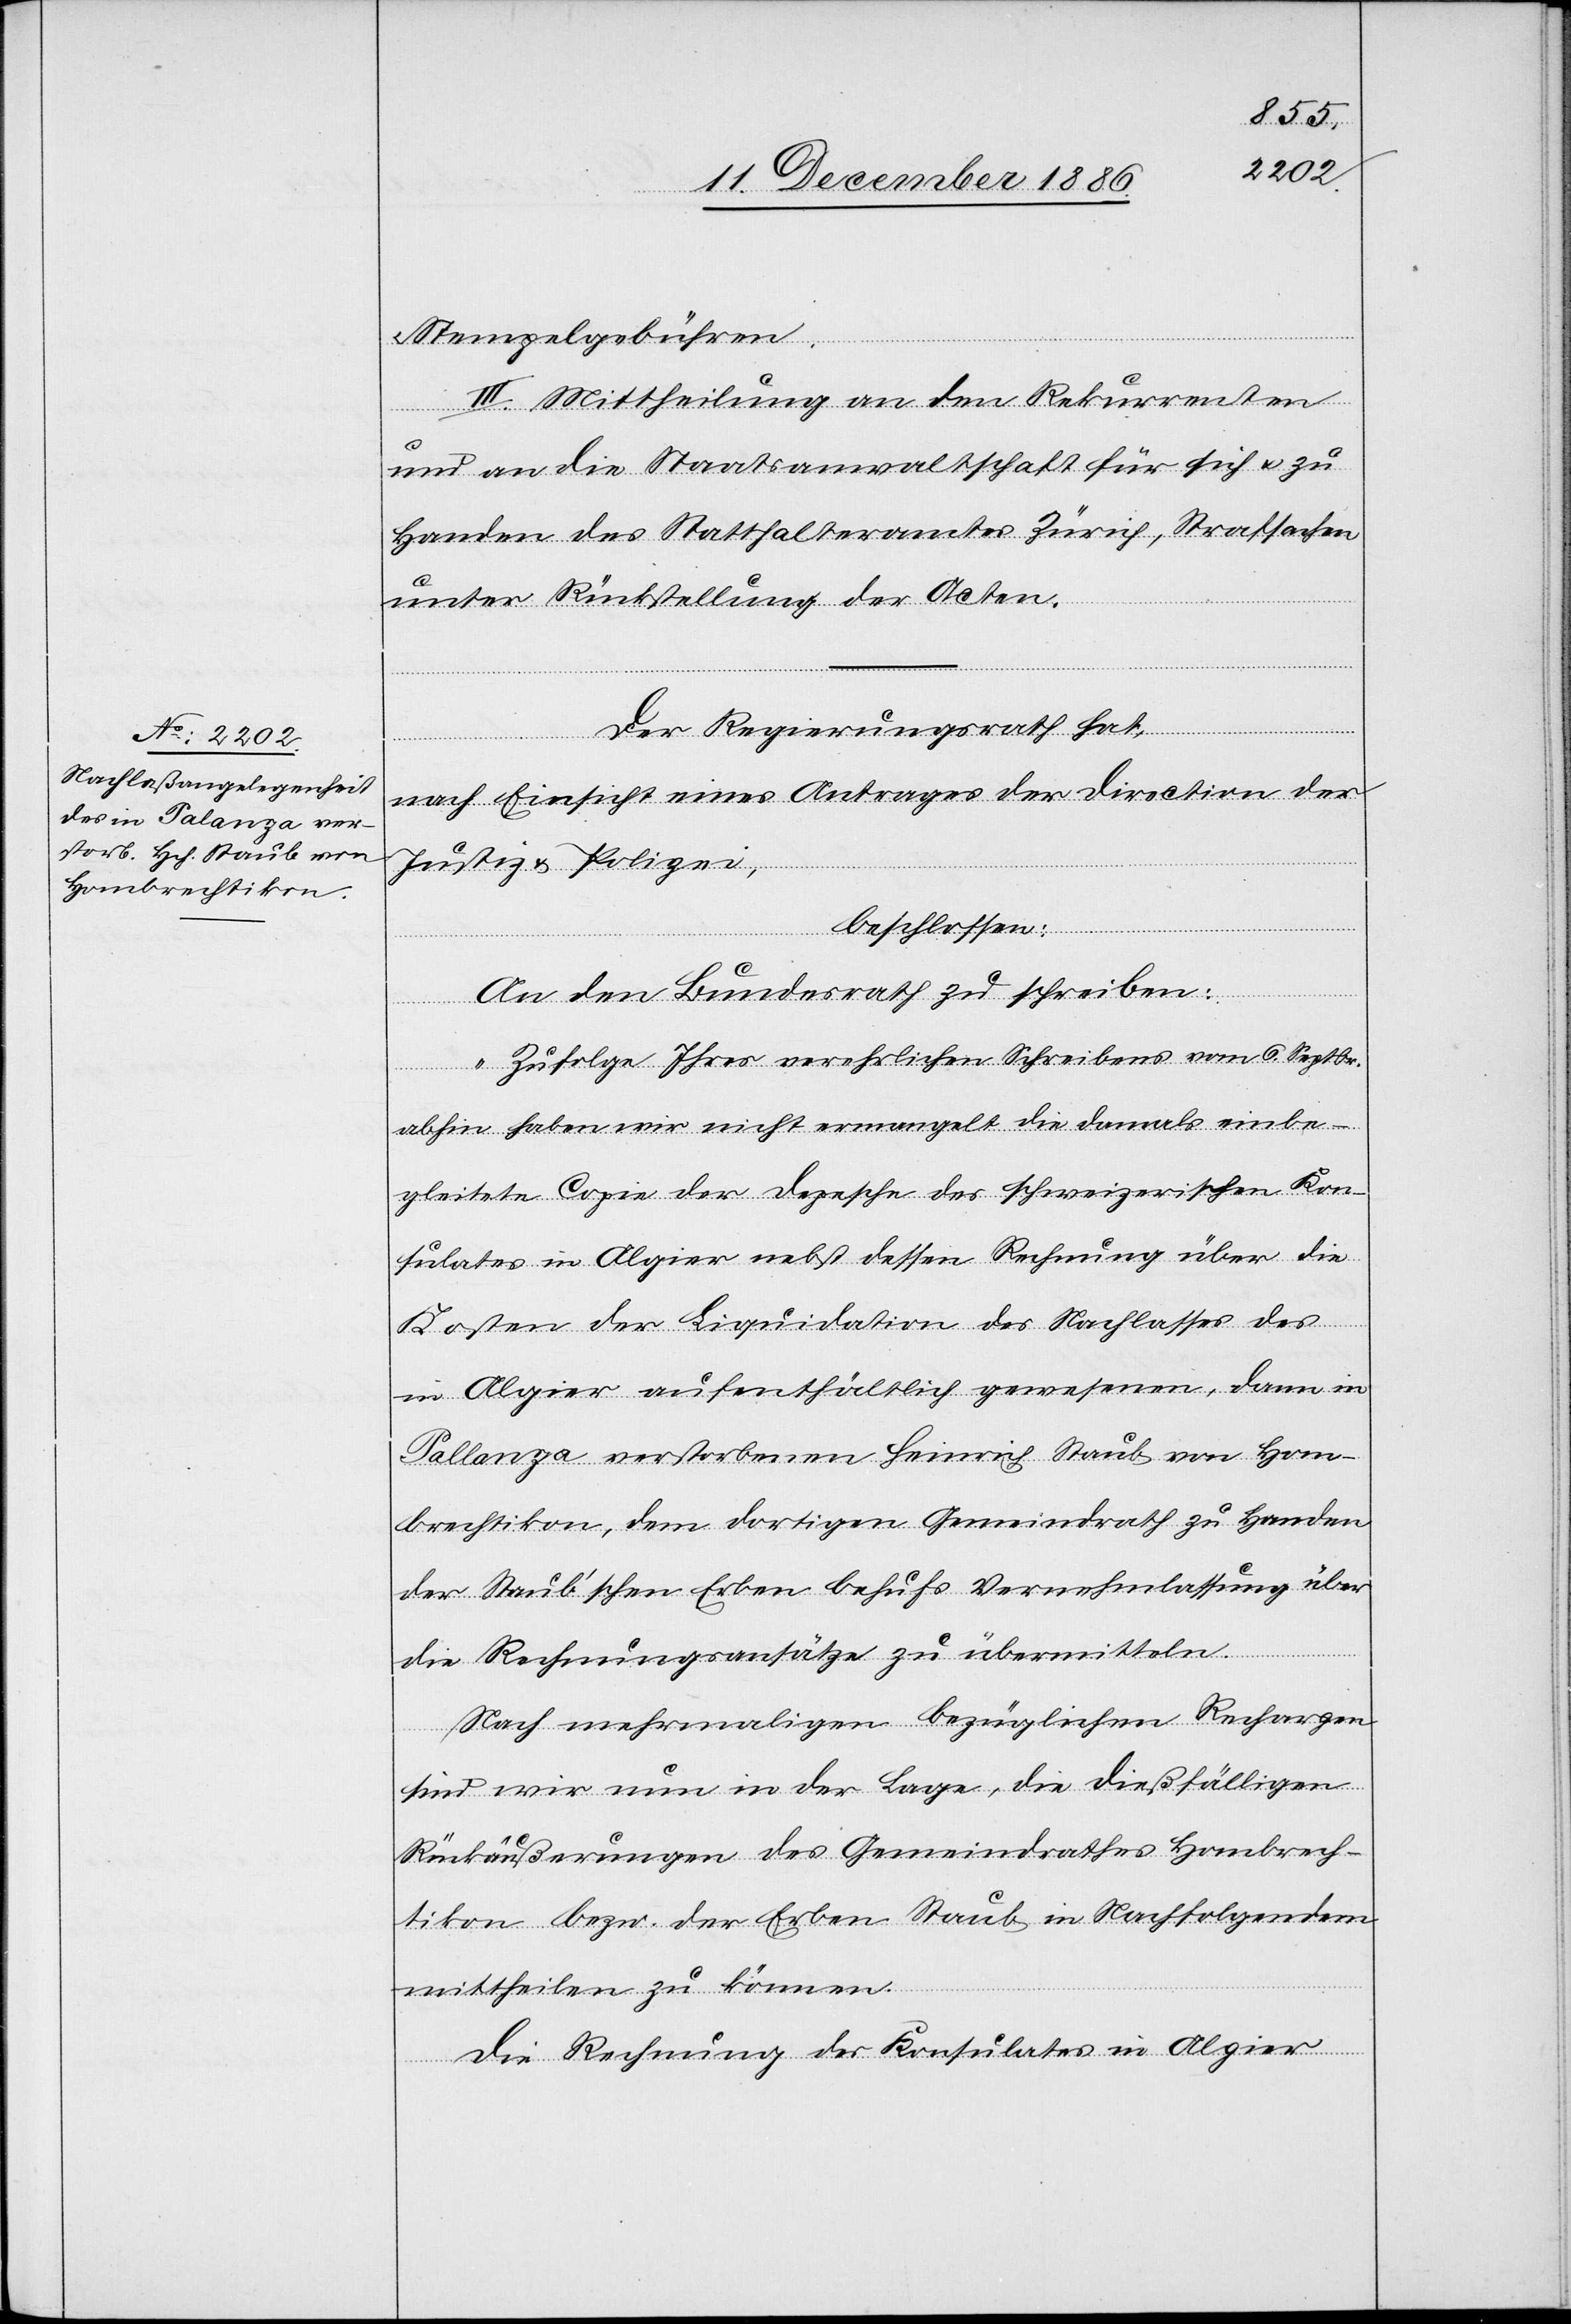
Stempelgebühren.
III. Mittheilung an den Rekurrenten
und an die Staatsanwaltschaft für sich & zu
Handen des Statthalteramtes Zürich, Strafsachen
unter Rückstellung der Acten.
Der Regierungsrath hat,
nach Einsicht eines Antrages der Direction der
Justiz & Polizei,
beschlossen:
An den Bundesrath zu schreiben:
„Zufolge Ihres verehrlichen Schreibens vom 6. Septbr.
abhin haben wir nicht ermangelt die damals einbe¬
gleitete Copie der Depesche des schweizerischen Kon¬
sulates in Algier nebst dessen Rechnung über die
Kosten der Liquidation des Nachlasses des
in Algier aufenthältlich gewesenen, dann in
Pallanza verstorbenen Heinrich Staub von Hom¬
brechtikon, dem dortigen Gemeindrath zu Handen
der Staub’schen Erben behufs Vernehmlassung über
die Rechnungsansätze zu übermitteln.
Nach mehrmaligen bezüglichen Rechargen
sind wir nun in der Lage, die dießfälligen
Rückäußerungen des Gemeindrathes Hombrech¬
tikon bezw. der Erben Staub in Nachfolgendem
mittheilen zu können.
Die Rechnung des Konsulates in Algier